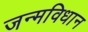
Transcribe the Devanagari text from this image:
जन्मविधान